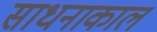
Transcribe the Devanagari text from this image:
साधनाकाल